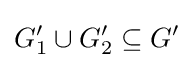
G_{1}^{\prime }\cup G_{2}^{\prime }\subseteq G^{\prime }